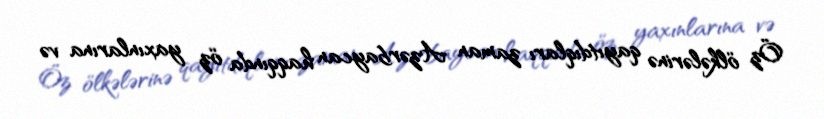
Öz ölkələrinə qayıtdıqları zaman Azərbaycan haqqında öz yaxınlarına və